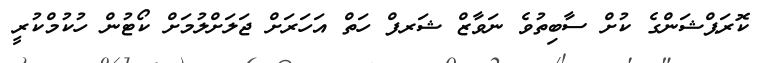
ކޮރަޕްޝަންގެ ކުށް ސާބިތުވެ ނަވާޒް ޝަރފް ހަތް އަހަރަށް ޖަލަށްލުމަށް ކޯޓުން ހުކުމްކުރީ